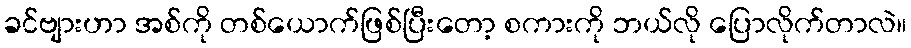
ခင်ဗျားဟာ အစ်ကို တစ်ယောက်ဖြစ်ပြီးတော့ စကားကို ဘယ်လို ပြောလိုက်တာလဲ။